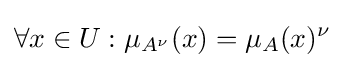
\forall x\in U:\mu _{A^{\nu }}(x)=\mu _{A}(x)^{\nu }